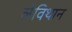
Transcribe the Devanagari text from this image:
लेविथान